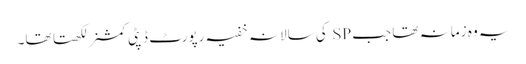
یہ وہ زمانہ تھا جب SP کی سالانہ خفیہ رپورٹ ڈپٹی کمشنر لکھتا تھا۔